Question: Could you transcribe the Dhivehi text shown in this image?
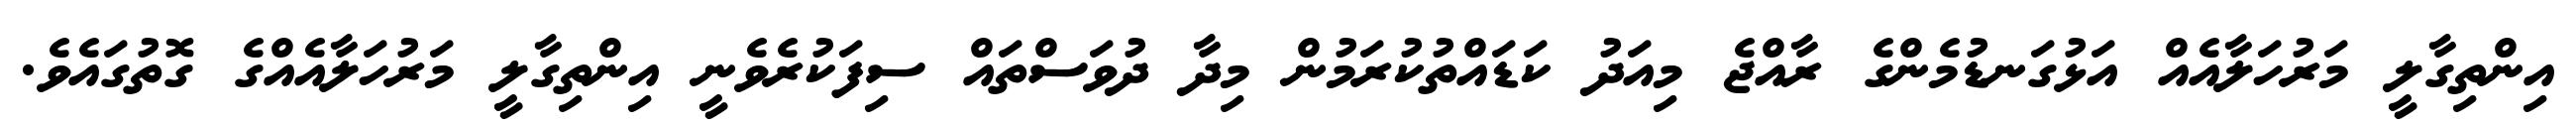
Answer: އިންތިގާލީ މަރުހަލާއެއް އަޅުގަނޑުމެންގެ ރާއްޖެ މިއަދު ކަޑައްތުކުރަމުން މިދާ ދުވަސްތައް ސިފަކުރެވެނީ އިންތިގާލީ މަރުހަލާއެއްގެ ގޮތުގައެވެ.